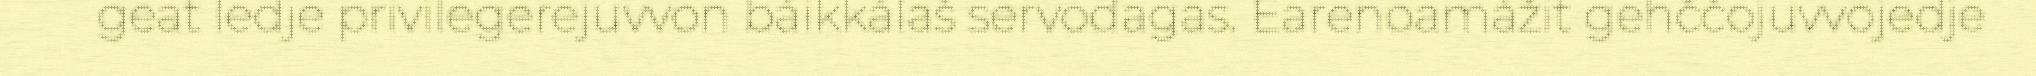
geat ledje privilegerejuvvon báikkálaš servodagas. Earenoamážit gehččojuvvojedje